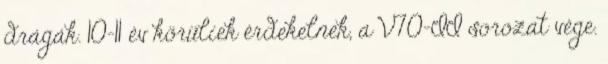
drágák. 10-11 év körüliek érdekelnek, a V70-II sorozat vége.